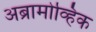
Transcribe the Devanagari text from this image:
अब्रामोव्हिक